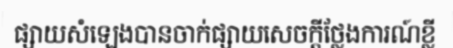
ផ្សាយសំឡេងបានចាក់ផ្សាយសេចក្តីថ្លែងការណ៍ខ្លី